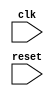
module AXIController (
    input wire clk,
    input wire reset,
    // Add your input and output ports here
    );

// Add your internal signals and registers here

// Add your logic here

endmodule